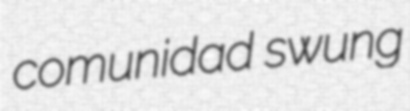
comunidad swung